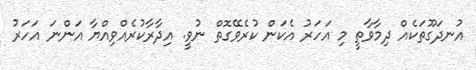
އުނދަގޫތަކެއް ދިމާވާތީ މި އަހަރު އެކަން ކުރެވޭގޮތް ނުވީ. އިދާރާކުރެއްވިއްޔާ އަންނަ އަހަރު